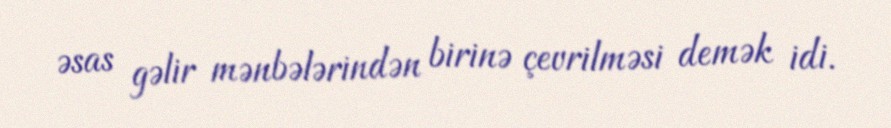
əsas gəlir mənbələrindən birinə çevrilməsi demək idi.